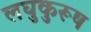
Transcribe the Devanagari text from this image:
लघुकुरूष